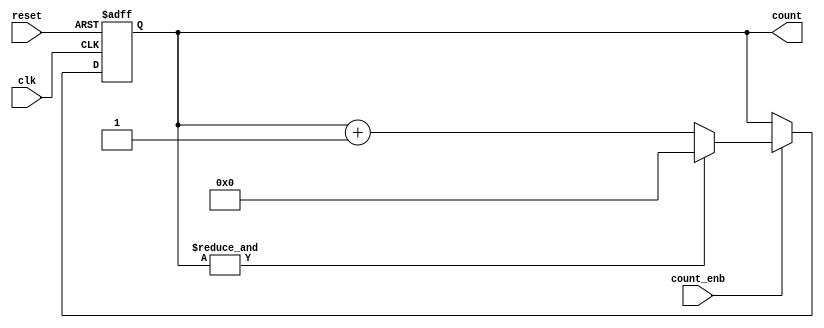
module counter_Nbit_enable(
                clk,
                reset,
                count_enb,
                count
);

//Parameter
parameter       N =7;
//wire&reg
input wire      clk;                       //  
input wire      reset;                     //  
input wire      count_enb;                 // Enable 
wire q1 ;
output reg [N-1:0] count;               //   



//logic
always @ (posedge clk, negedge reset)
    begin
        if (!reset) 
            begin                           //   
                count <= 0;
            end
        else 
            if (count_enb) 
                begin // enable    
                    if (q1)
                        begin
                            count <= 0;
                        end
                    else 
                        begin
                            count <= count + 1;
                        end
                end
    end

assign q1 = &count;


endmodule